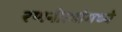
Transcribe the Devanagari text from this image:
रणनीत्यांमध्ये